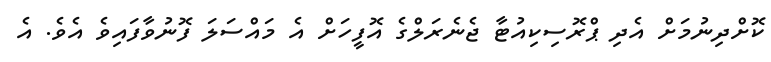
ކޮށްދިނުމަށް އެދި ޕްރޮސިކިއުޓާ ޖެނެރަލްގެ އޮފީހަށް އެ މައްސަލަ ފޮނުވާފައިވެ އެވެ. އެ